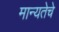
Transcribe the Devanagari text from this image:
मान्यतेचे